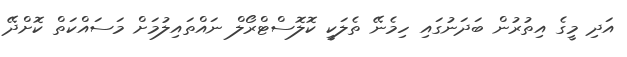
އަދި މީގެ އިތުރުން ބަދަނުގައި ހިމެނޭ ތެލަކީ ކޮލޮސްޓްރޯލް ނައްތައިލުމަށް މަސައްކަތް ކޮށްދޭ